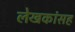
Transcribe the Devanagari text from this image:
लेखकांसह